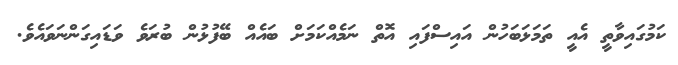
ކަމުގައިވާތީ އެއީ ތަމަޅަބަހުން އައިސްފައި އޮތް ނަމެއްކަމަށް ބައެއް ބޭފުޅުން ބުރަވެ ވަޑައިގަންނަވައެވެ.